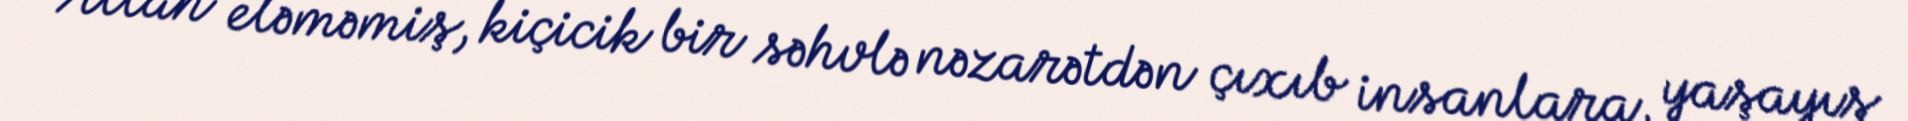
Allah eləməmiş, kiçicik bir səhvlə nəzarətdən çıxıb insanlara, yaşayış